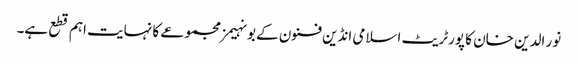
نور الدین خان کا پورٹریٹ اسلامی انڈین فنون کے بونہیمز مجموعے کا نہایت اہم قطع ہے۔